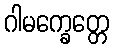
ဂါမက္ခေတ္တေ